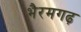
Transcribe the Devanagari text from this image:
भैरमगढ़